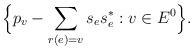
LaTeX: \begin{align*}\Big\{ p_v-\sum_{r(e)=v}s_es_e^*:v\in E^0\Big\}.\end{align*}